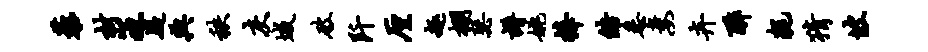
藜材冱嶷典秩灰城破阡厘趣棚瑟谱姚捧皓悉妻卉醉耗猜坡